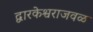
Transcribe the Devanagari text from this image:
द्वारकेश्वराजवळ